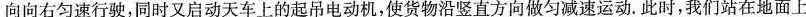
向向右匀速行驶，同时又启动天车上的起吊电动机，使货物沿竖直方向做匀减速运动。此时，我们站在地面上